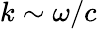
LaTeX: k\sim\omega/c